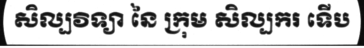
សិល្បវិទ្យា នៃ ក្រុម សិល្បករ ទើប